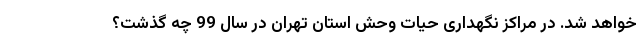
خواهد شد. در مراکز نگهداری حیات وحش استان تهران در سال 99 چه گذشت؟